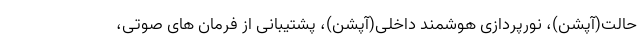
حالت(آپشن)، نورپردازی هوشمند داخلی(آپشن)، پشتیبانی از فرمان های صوتی،